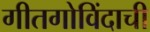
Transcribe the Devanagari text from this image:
गीतगोविंदाची